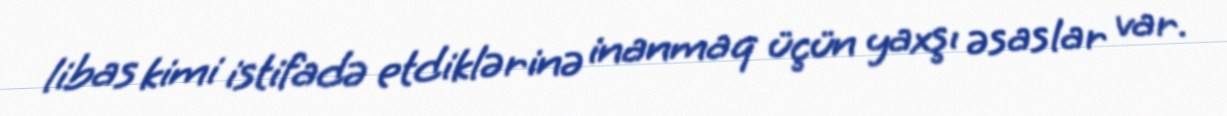
libas kimi istifadə etdiklərinə inanmaq üçün yaxşı əsaslar var.